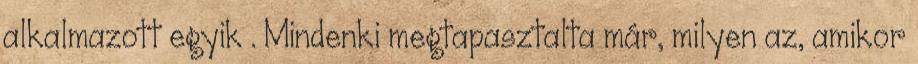
alkalmazott egyik . Mindenki megtapasztalta már, milyen az, amikor